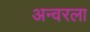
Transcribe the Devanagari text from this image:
अन्वरला